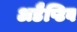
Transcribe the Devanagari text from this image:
अडैप्टिव